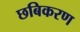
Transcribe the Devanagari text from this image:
छबिकरण